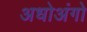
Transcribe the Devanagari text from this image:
अधोअंगो